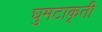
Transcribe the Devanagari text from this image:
घुमटाकृती